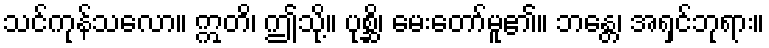
သင်ကုန်သလော။ ဣတိ၊ ဤသို့။ ပုစ္ဆိ၊ မေးတော်မူ၏။ ဘန္တေ၊ အရှင်ဘုရား။